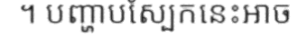
។ បញ្ហាបស្បែកនេះអាច